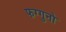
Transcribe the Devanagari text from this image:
फग्गुनो